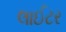
લાઈટર